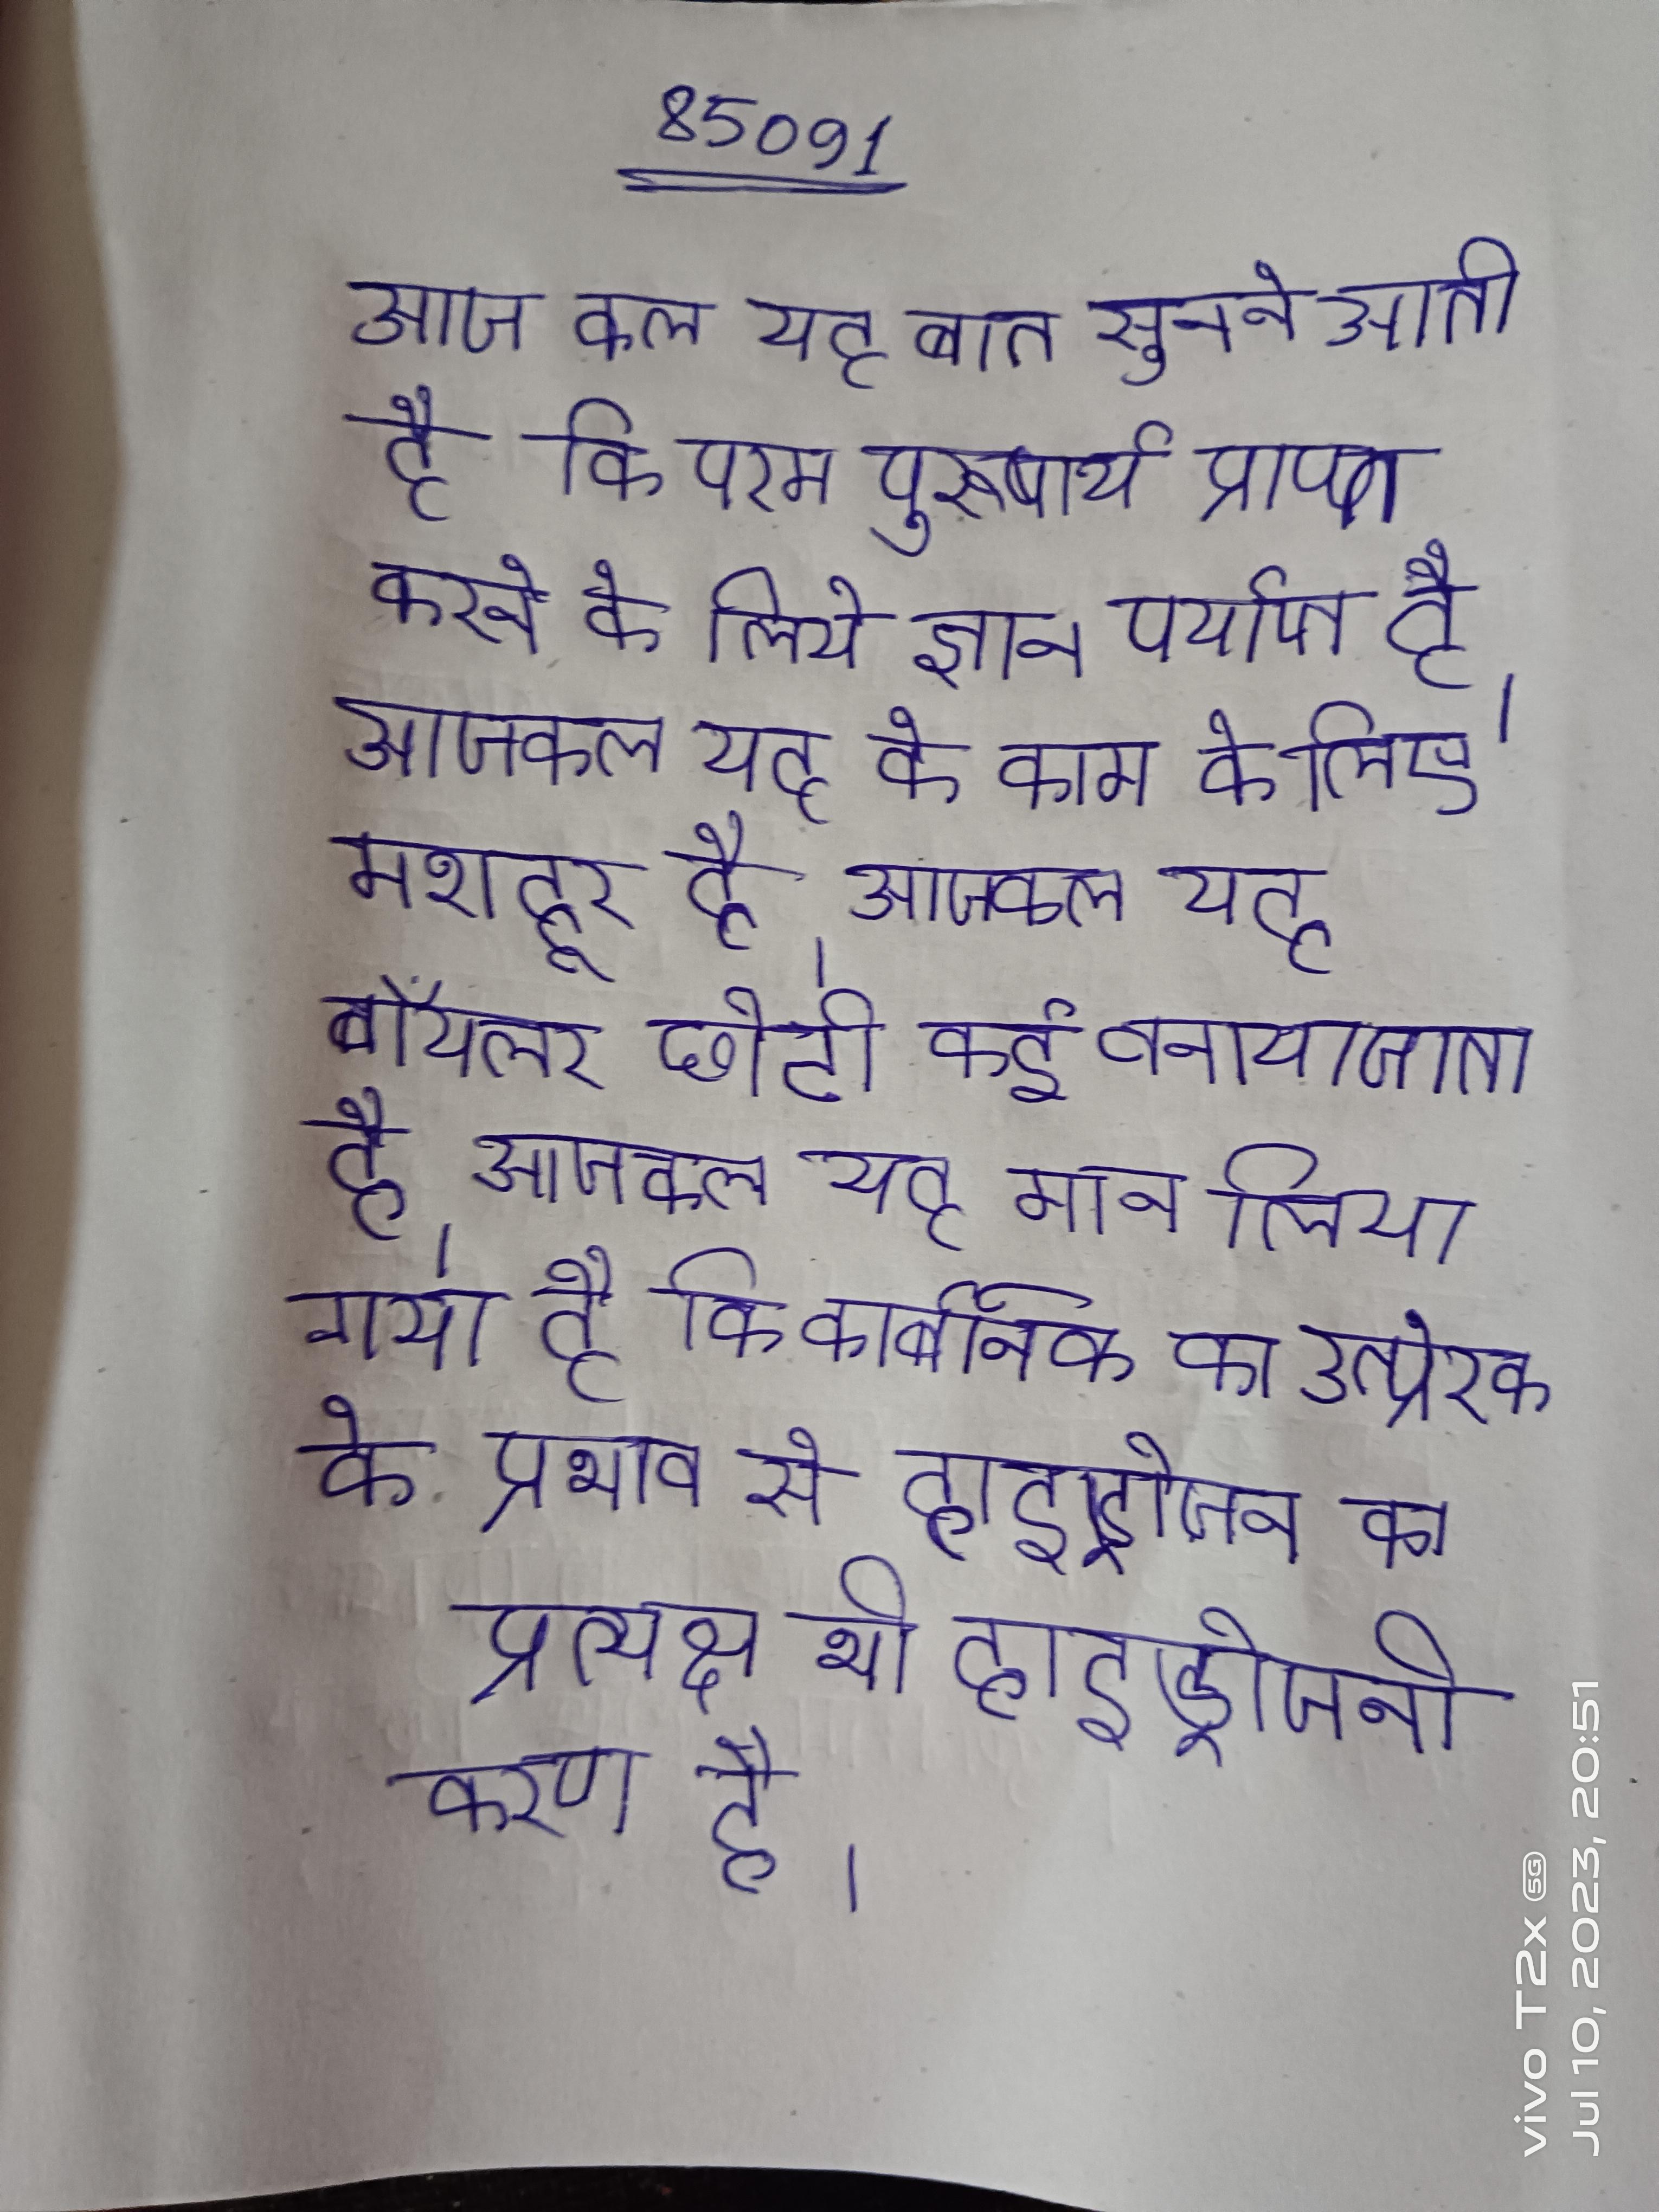
आज कल यह बात सुनने आती है कि परम पुरुषार्थ प्राप्त करने के लिये ज्ञान पर्याप्त है । आजकल यह के काम के लिए मशहूर है । आजकल यह बॉयलर छोटी कई बनाया जाता है । आजकल यह मान लिया गया है कि कार्बनिक का उत्प्रेरक के प्रभाव से हाइड्रोजन का प्रत्यक्ष भी हाइड्रोजनीकरण है ।